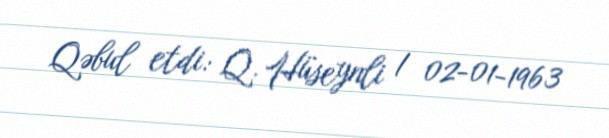
Qəbul etdi: Q. Hüseynli / 02-01-1963